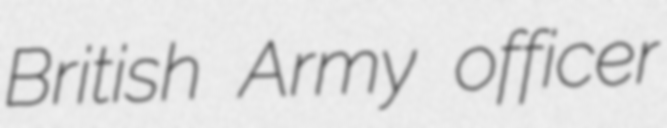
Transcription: British Army officer